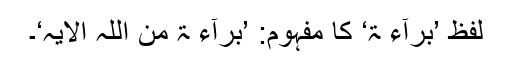
لفظ ’بَرَآءَ ۃٌ‘ کا مفہوم: ’بَرَآءَ ۃٌ مِنَ اللّٰہِ الایہ‘۔